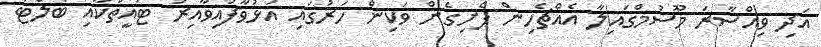
އަދި ވިއްސާރަ މޫސުމްގައިލާ އެއްޗެހިން ފެށިގެން ވަކިން ހަރުގައި އަޅުވާފައިވާއިރު ޓައީތަކާއި ބެލްޓު